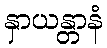
နှာယန္တာနံ